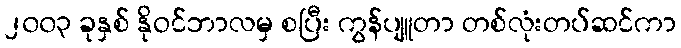
၂၀၀၃ ခုနှစ် နိုဝင်ဘာလမှ စပြီး ကွန်ပျူတာ တစ်လုံးတပ်ဆင်ကာ